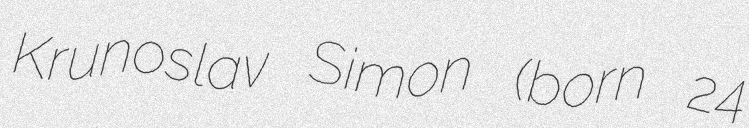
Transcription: Krunoslav Simon (born 24